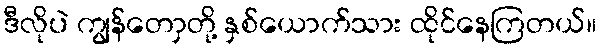
ဒီလိုပဲ ကျွန်တောှတို့ နှစ်ယောက်သား ထိုင်နေကြတယ်။